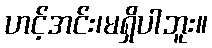
ဟင့်အင်း၊မရှိပါဘူး။